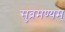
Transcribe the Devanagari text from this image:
सुब्रमण्यम्